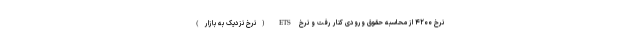
نرخ ۴۲۰۰ از محاسبه حقوق ورودی کنار رفت و نرخ ETS (نرخ نزدیک به بازار)